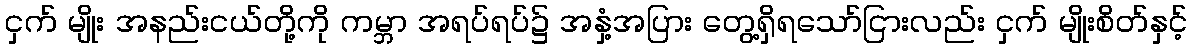
ငှက် မျိုး အနည်းငယ်တို့ကို ကမ္ဘာ အရပ်ရပ်၌ အနှံ့အပြား တွေ့ရှိရသော်ငြားလည်း ငှက် မျိုးစိတ်နှင့်